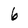
Character: 6